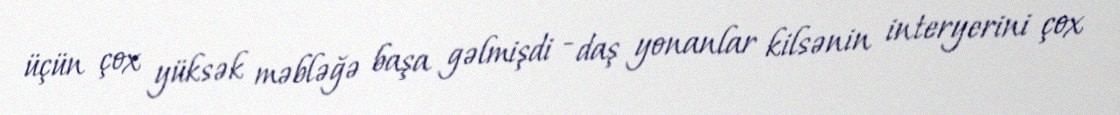
üçün çox yüksək məbləğə başa gəlmişdi - daş yonanlar kilsənin interyerini çox